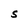
Character: S